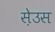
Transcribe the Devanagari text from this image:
स़ेउस